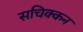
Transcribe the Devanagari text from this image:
सचिक्‍कन